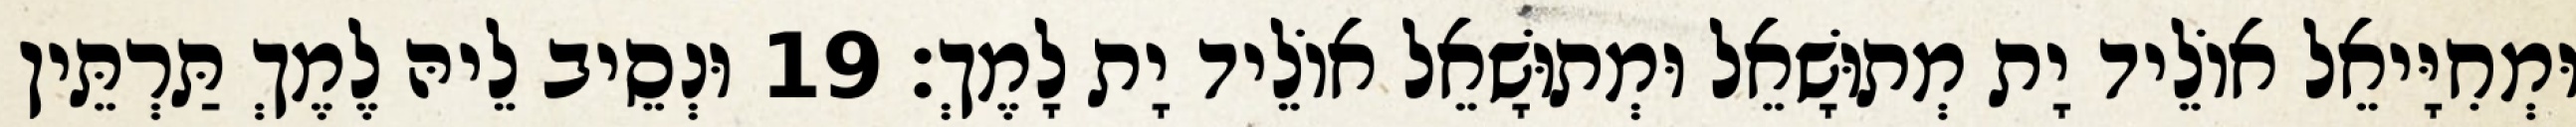
וּמְחִיָּיאֵל אוֹלֵיד יָת מְתוּשָׁאֵל וּמְתוּשָׁאֵל אוֹלֵיד יָת לָמֶךְ׃ 19 וּנְסֵיב לֵיהּ לֶמֶךְ תַּרְתֵּין